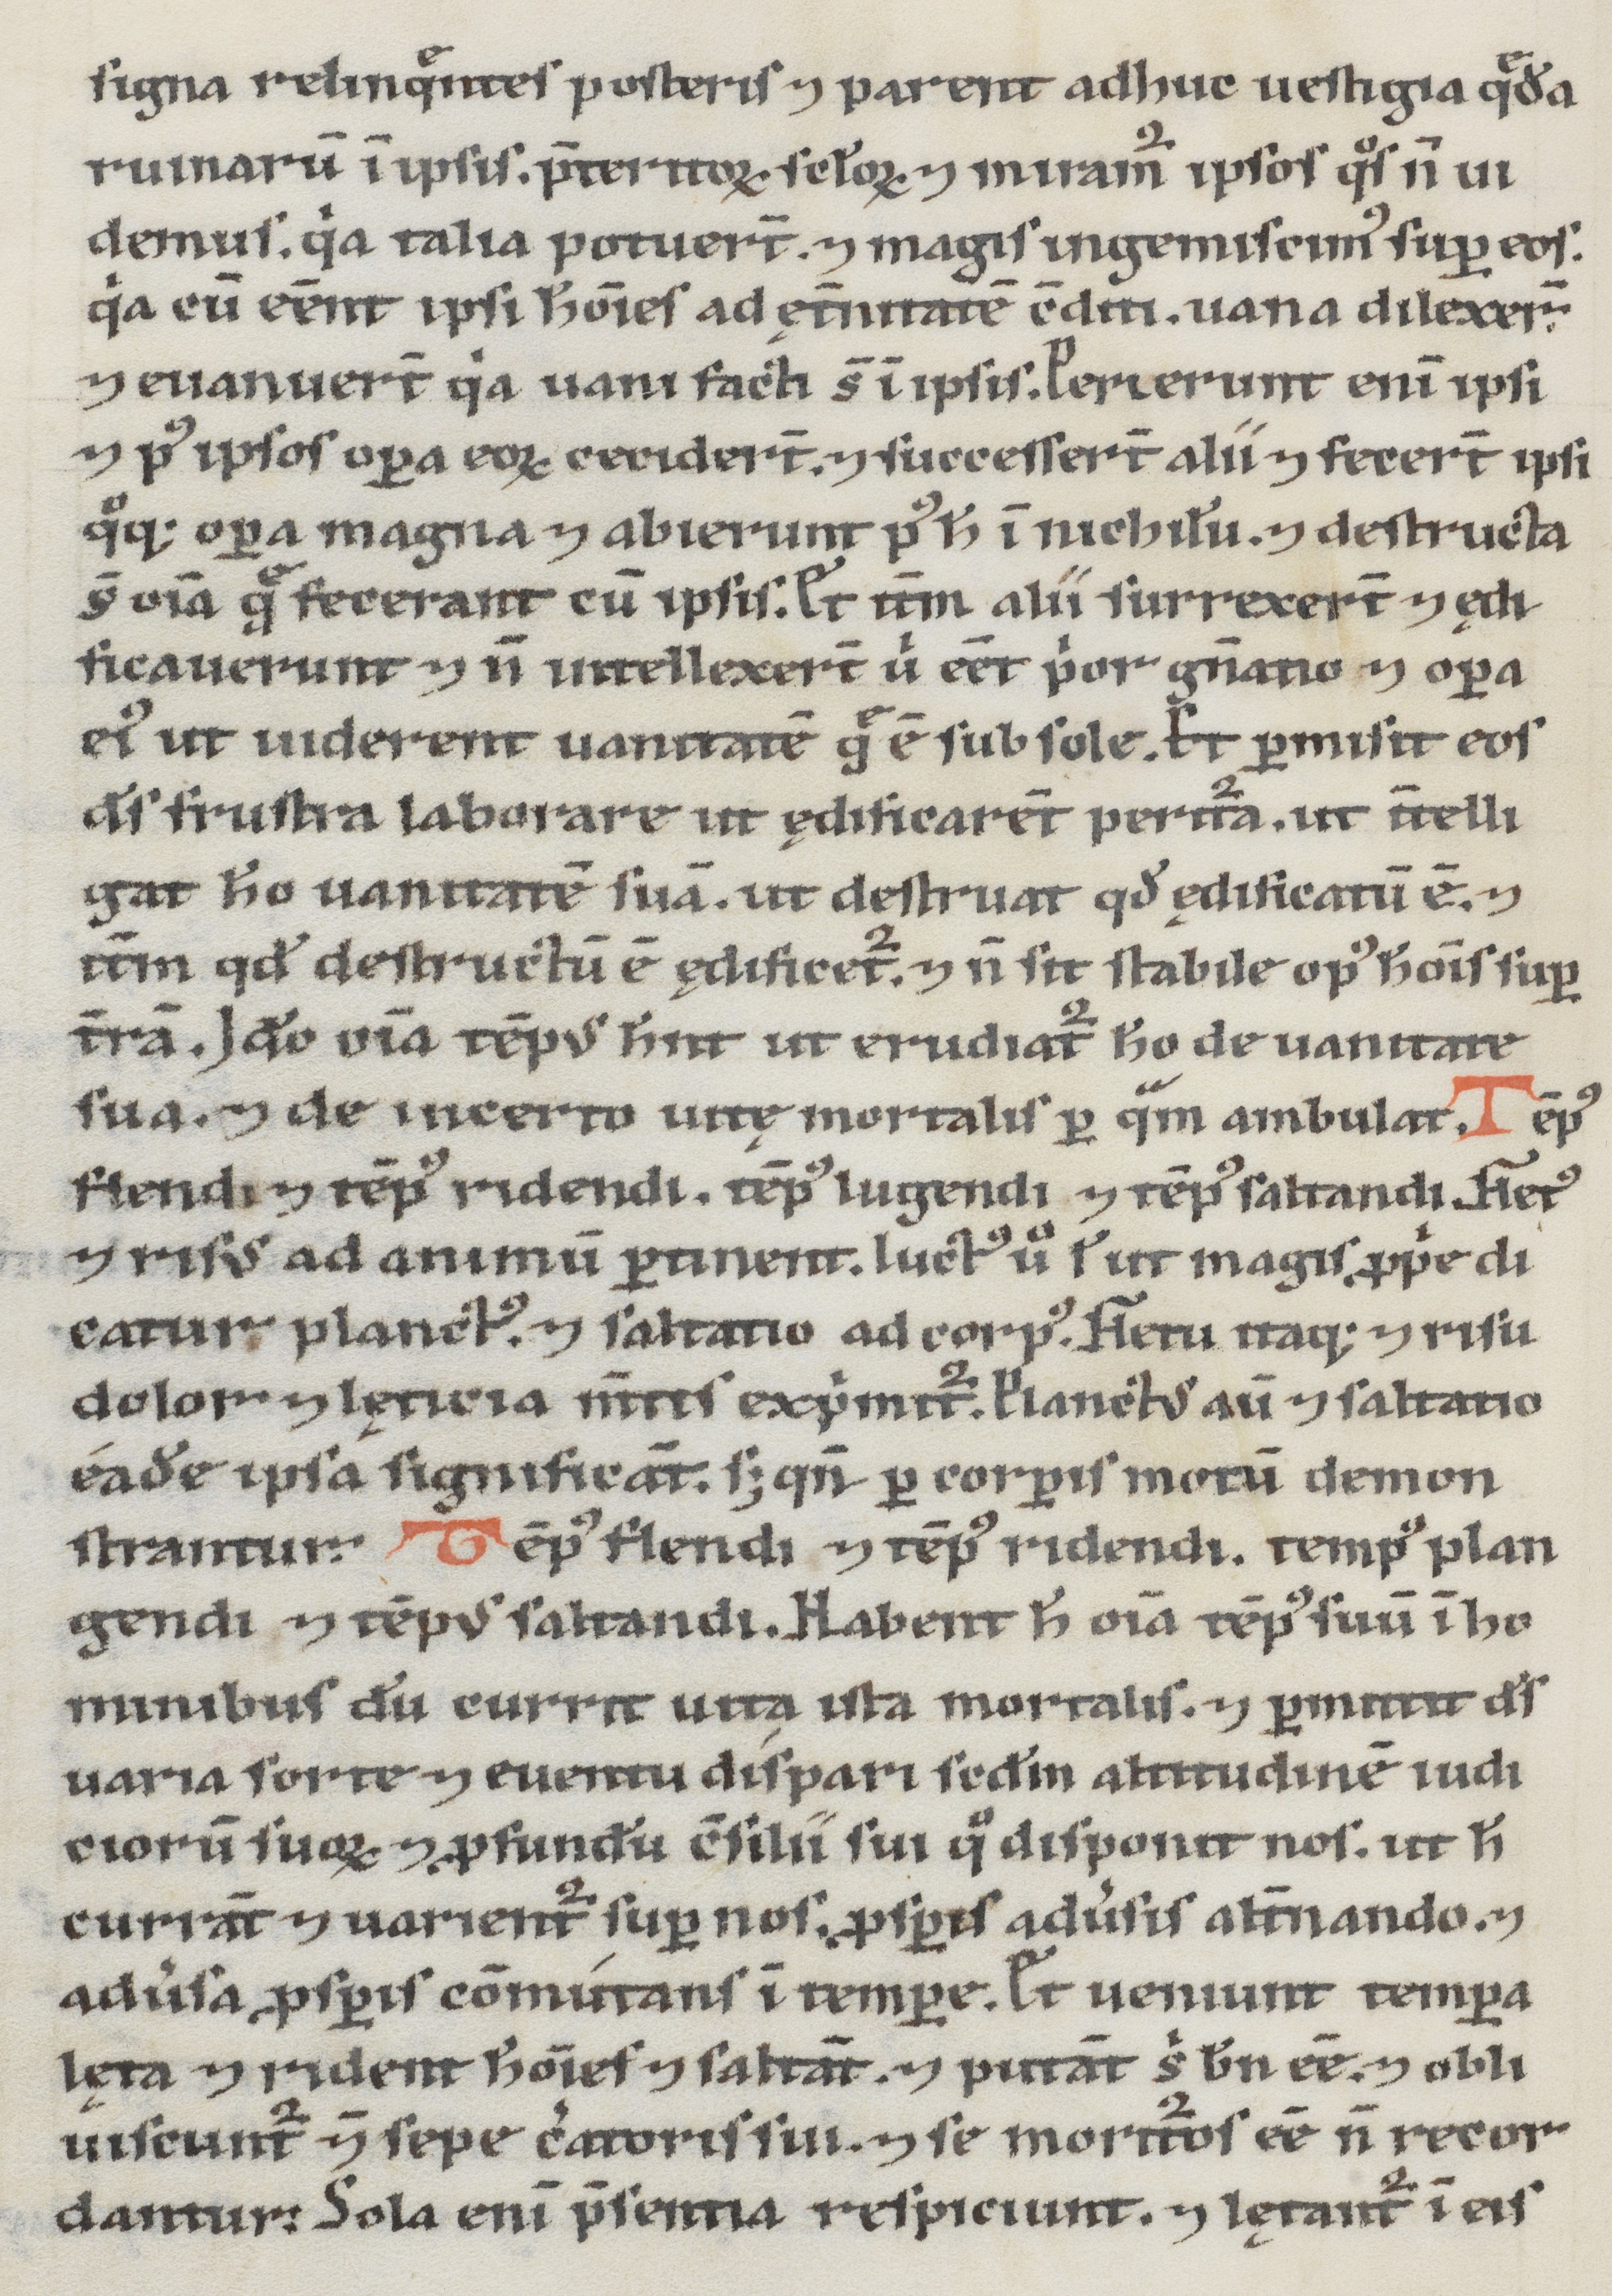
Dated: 1100–1199